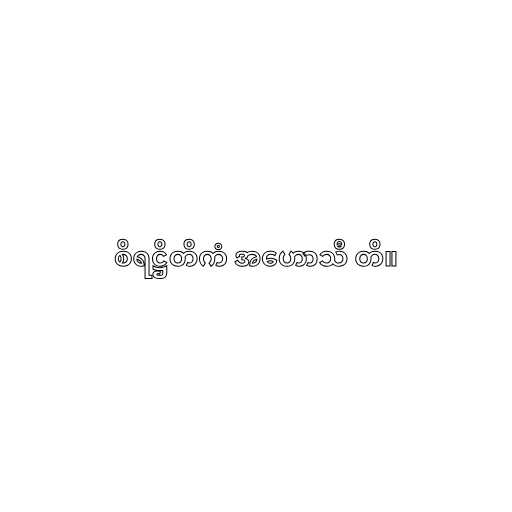
စိရဋ္ဌိတိကံ အဟောသီ တိ။